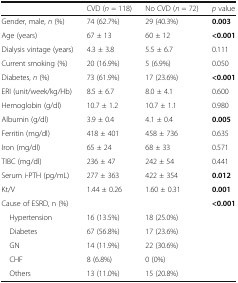
<table><thead><tr><td></td><td><b>CVD (<i>n</i> = 118)</b></td><td><b>No CVD (<i>n</i> = 72)</b></td><td><b><i>p</i> value</b></td></tr></thead><tbody><tr><td>Gender, male, <i>n</i> (%)</td><td>74 (62.7%)</td><td>29 (40.3%)</td><td><b>0.003</b></td></tr><tr><td>Age (years)</td><td>67 ± 13</td><td>60 ± 12</td><td><b>&lt;0.001</b></td></tr><tr><td>Dialysis vintage (years)</td><td>4.3 ± 3.8</td><td>5.5 ± 6.7</td><td>0.111</td></tr><tr><td>Current smoking (%)</td><td>20 (16.9%)</td><td>5 (6.9%)</td><td>0.050</td></tr><tr><td>Diabetes, <i>n</i> (%)</td><td>73 (61.9%)</td><td>17 (23.6%)</td><td><b>&lt;0.001</b></td></tr><tr><td>ERI (unit/week/kg/Hb)</td><td>8.5 ± 6.7</td><td>8.0 ± 4.1</td><td>0.600</td></tr><tr><td>Hemoglobin (g/dl)</td><td>10.7 ± 1.2</td><td>10.7 ± 1.1</td><td>0.980</td></tr><tr><td>Albumin (g/dl)</td><td>3.9 ± 0.4</td><td>4.1 ± 0.4</td><td><b>0.005</b></td></tr><tr><td>Ferritin (mg/dl)</td><td>418 ± 401</td><td>458 ± 736</td><td>0.635</td></tr><tr><td>Iron (mg/dl)</td><td>65 ± 24</td><td>68 ± 33</td><td>0.571</td></tr><tr><td>TIBC (mg/dl)</td><td>236 ± 47</td><td>242 ± 54</td><td>0.441</td></tr><tr><td>Serum i-PTH (pg/mL)</td><td>277 ± 363</td><td>422 ± 354</td><td><b>0.012</b></td></tr><tr><td>Kt/V</td><td>1.44 ± 0.26</td><td>1.60 ± 0.31</td><td><b>0.001</b></td></tr><tr><td>Cause of ESRD, n (%)</td><td></td><td></td><td><b>&lt;0.001</b></td></tr><tr><td> Hypertension</td><td>16 (13.5%)</td><td>18 (25.0%)</td><td></td></tr><tr><td> Diabetes</td><td>67 (56.8%)</td><td>17 (23.6%)</td><td></td></tr><tr><td> GN</td><td>14 (11.9%)</td><td>22 (30.6%)</td><td></td></tr><tr><td> CHF</td><td>8 (6.8%)</td><td>0 (0%)</td><td></td></tr><tr><td> Others</td><td>13 (11.0%)</td><td>15 (20.8%)</td><td></td></tr></tbody></table>